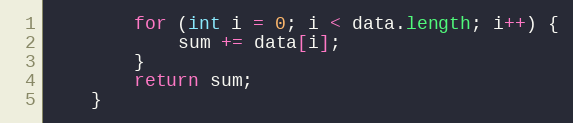
Language: Java
        for (int i = 0; i < data.length; i++) {
            sum += data[i];
        }
        return sum;
    }